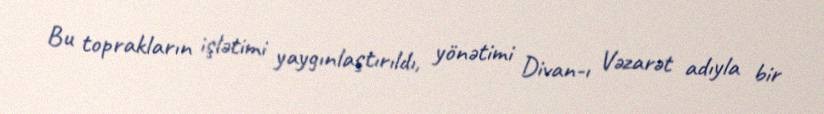
Bu toprakların işlətimi yaygınlaştırıldı, yönətimi Divan-ı Vəzarət adıyla bir